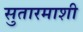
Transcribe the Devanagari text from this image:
सुतारमाशी